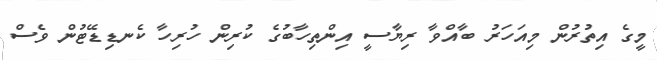
މީގެ އިތުރުން މިއަހަރު ބާއްވާ ރިޔާސީ އިންތިހާބުގެ ކުރިން ހުރިހާ ކެނޑިޑޭޓުން ވެސް